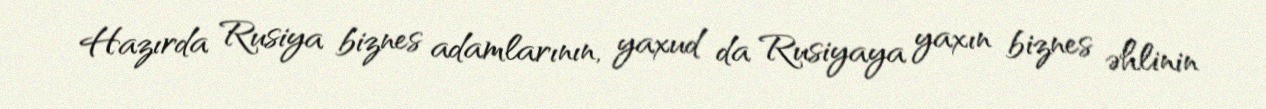
Hazırda Rusiya biznes adamlarının, yaxud da Rusiyaya yaxın biznes əhlinin